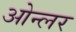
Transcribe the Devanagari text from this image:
ओन्लर